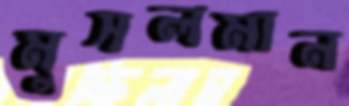
মুসলমান